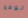
الوقع